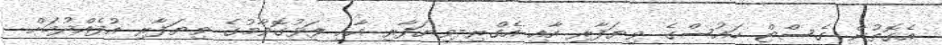
އެގޮތުން ގެސްޓް ހައުސްގެ ވިޔަފާރި އާއި އެގްރި-ވިޔަފާރި އާއި ފަޅުގޮވާމުގެ ވިޔަފާރި އުފެއްދުމަށް